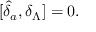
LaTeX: \lbrack \widehat { \delta } _ { a } , \delta _ { \Lambda } ] = 0 .